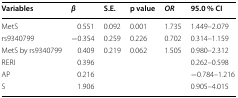
<table><thead><tr><td><b>Variables</b></td><td><b><i>β</i></b></td><td><b>S.E.</b></td><td><b>p value</b></td><td><b><i>OR</i></b></td><td><b>95.0 % CI</b></td></tr></thead><tbody><tr><td>MetS</td><td>0.551</td><td>0.092</td><td>0.001</td><td>1.735</td><td>1.449–2.079</td></tr><tr><td>rs9340799</td><td>−0.354</td><td>0.259</td><td>0.226</td><td>0.702</td><td>0.314–1.159</td></tr><tr><td>MetS by rs9340799</td><td>0.409</td><td>0.219</td><td>0.062</td><td>1.505</td><td>0.980–2.312</td></tr><tr><td>RERI</td><td colspan="4">0.396</td><td>0.262–0.598</td></tr><tr><td>AP</td><td colspan="4">0.216</td><td>−0.784–1.216</td></tr><tr><td>S</td><td colspan="4">1.906</td><td>0.905–4.015</td></tr></tbody></table>